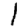
Digit: 1